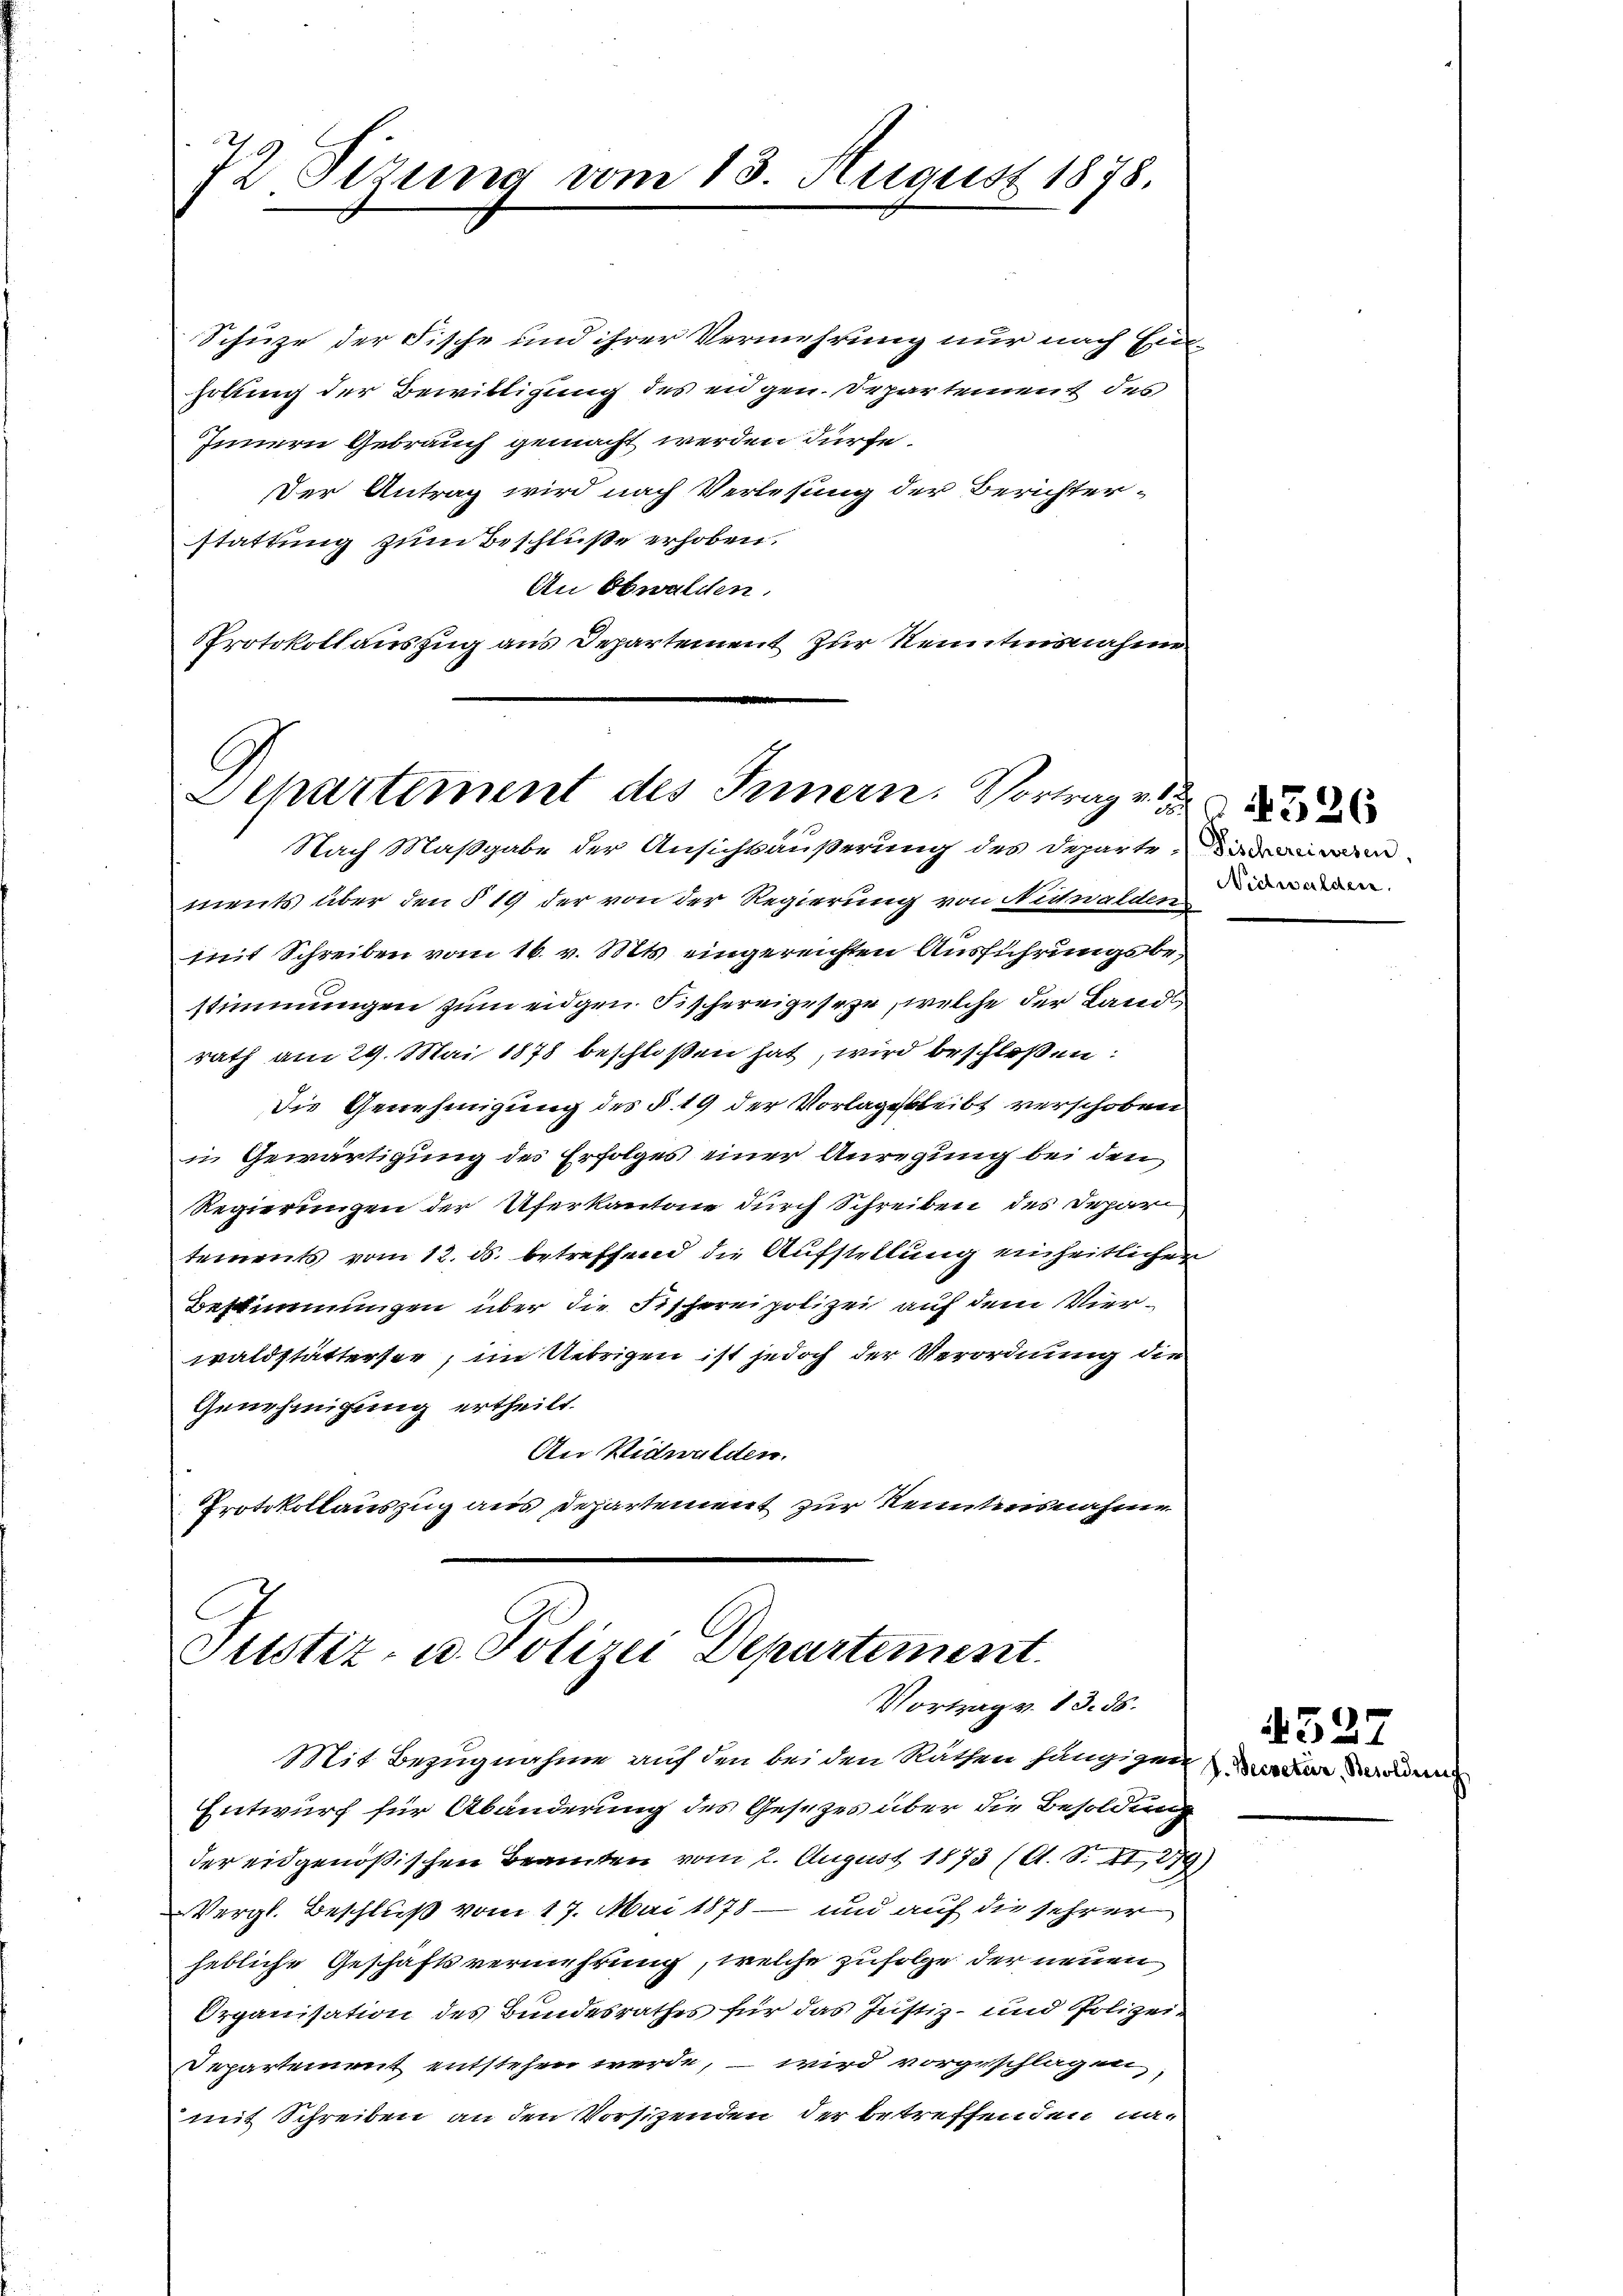
72 Sizung vom 13. August 1878.

Schüze der Fische und ihrer Vermehrung nur nach Ein-
holung der Bewilligung des eidgen. Departement des
Innern Gebrauch gemacht werden dürfe.
Der Antrag wird nach Verlesung der Berichter-
stattung zum Beschlüße erhoben.
An Obwalden.
Protokoll auszug aus Departement zur Kenntnisnahme

Departement des Innern. Vortrag v.

Nach Maßgabe der Ansichtsäußerung des Departen
ments über den § 19 der von der Regierung von Nichhalden
mit Schreiben vom 16. v. Mts. eingereichten Ausführungsbestimmungen zum eidgen Fischereigeseze, welche der Landrath am 29. Mai 1878 beschloßen hat, wird beschloßen:
die Genehmigung des §. 19 der Vorlagenbleibt verschoben
u Gewärtigung des Erfolges einer Anregung bei den
Regierungen der Uferkantone durch Schreiben des Depari
tements vom 12. ds. betreffend die Aufstellung einheitlichen
Bestimmungen über die Fischerei polizei auf dem Vierwaldstättersee, im Uebrigen ist jedoch der Verordnung die
Genehmigung ertheilt.
An Vidwalden.
Protokollauszug aus Departement zur Kenntnisnahme

Justiz- u. Polizei Departement.
Vortrag v. 13. ds.

Mit Bezugnahme auf den bei den Räthen hängigen an de
Entwurf für Abänderung des Gesezes über die Besoldung
der eidgenößischen Beamten vom 2. August 1873 (C. S. II, 279)
Vergl. Beschluß vom 17. Mai 1878 – und auf die sehrer
hebliche Geschäftsvermehrung, welche zufolge der neuen
Organisation des Bundesrathes für das Justiz- und Polizei¬
Departement entstehen werde, – wird vorgeschlagen,
mit Schreiben an den Vorsizenden der betreffenden na-

526

4527